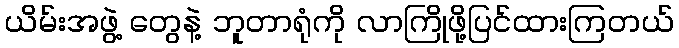
ယိမ်းအဖွဲ့ တွေနဲ့ ဘူတာရုံကို လာကြိုဖို့ပြင်ထားကြတယ်